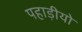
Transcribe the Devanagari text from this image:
पहाड़ीयो